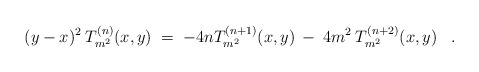
\begin{align*}(y-x)^2 \:T_{m^2}^{(n)}(x,y) \;=\; -4n T_{m^2}^{(n+1)}(x,y) \:-\: 4 m^2 \: T_{m^2}^{(n+2)}(x,y) \;\;\; .\end{align*}